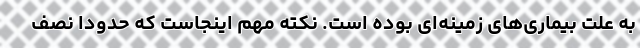
به علت بیماری‌های زمینه‌ای بوده است. نکته مهم اینجاست که حدودا نصف